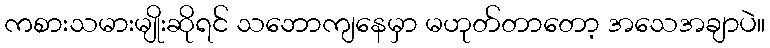
ကစားသမားမျိုးဆိုရင် သဘောကျနေမှာ မဟုတ်တာတော့ အသေအချာပဲ။